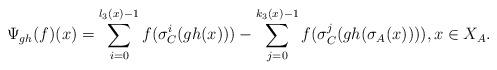
LaTeX: \begin{align*}\Psi_{gh}(f)(x)= \sum_{i=0}^{l_3(x)-1} f(\sigma_C^i(gh(x))) - \sum_{j=0}^{k_3(x)-1} f(\sigma_C^j(gh(\sigma_A(x)))), x \in X_A. \end{align*}